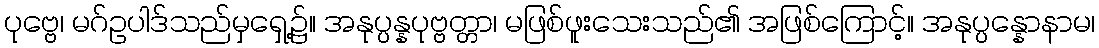
ပုဗ္ဗေ၊ မဂ်ဥပါဒ်သည်မှရှေ့၌။ အနုပ္ပန္နပုဗ္ဗတ္တာ၊ မဖြစ်ဖူးသေးသည်၏ အဖြစ်ကြောင့်။ အနုပ္ပန္နောနာမ၊